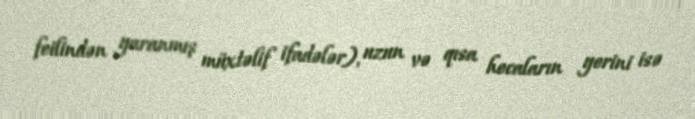
feilindən yaranmış müxtəlif ifadələr), uzun və qısa hecaların yerini isə